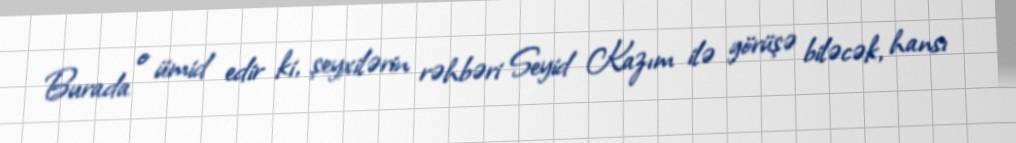
Burada o ümid edir ki, şeyxilərin rəhbəri Seyid Kazım ilə görüşə biləcək, hansı